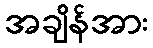
အချိန်အား